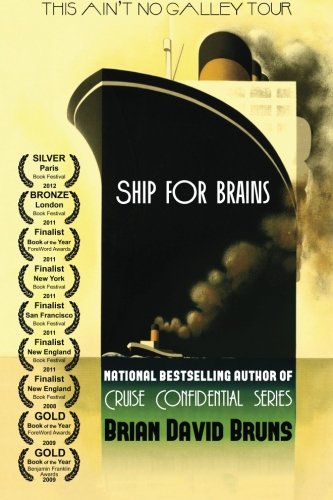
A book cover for Ship for Brains: Cruise Confidential (Volume 2); Brian David Bruns; Travel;